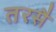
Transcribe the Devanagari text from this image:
तरसै